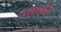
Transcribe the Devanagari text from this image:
गरीयसि